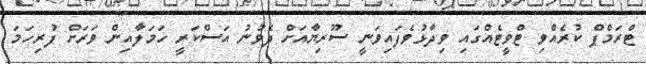
ޓްރަމްޕް ކުރެއްވި ޓްވީޓެއްގައި ވިދާޅުވެފައިވަނީ ސޫރިޔާއަށް ދެވުނު އަސްކަރީ ހަމަލާއިން ވަރަށް ފުރިހަމަ